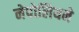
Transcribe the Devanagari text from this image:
नेपोलियने